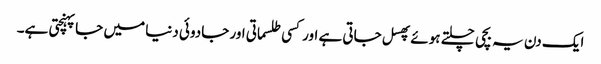
ایک دن یہ بچی چلتے ہوئے پھسل جاتی ہے اور کسی طلسماتی اور جادوئی دنیا میں جاپہنچتی ہے۔